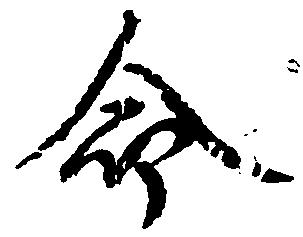
命